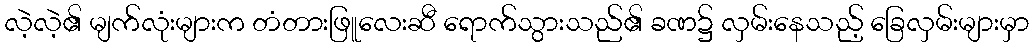
လဲ့လဲ့၏ မျက်လုံးများက တံတားဖြူလေးဆီ ရောက်သွားသည်၏ ခဏ၌ လှမ်းနေသည့် ခြေလှမ်းများမှာ